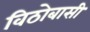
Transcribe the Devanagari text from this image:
विठोबासी